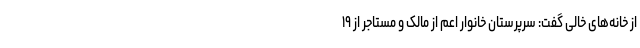
از خانه‌های خالی گفت: سرپرستان خانوار اعم از مالک و مستاجر از ۱۹